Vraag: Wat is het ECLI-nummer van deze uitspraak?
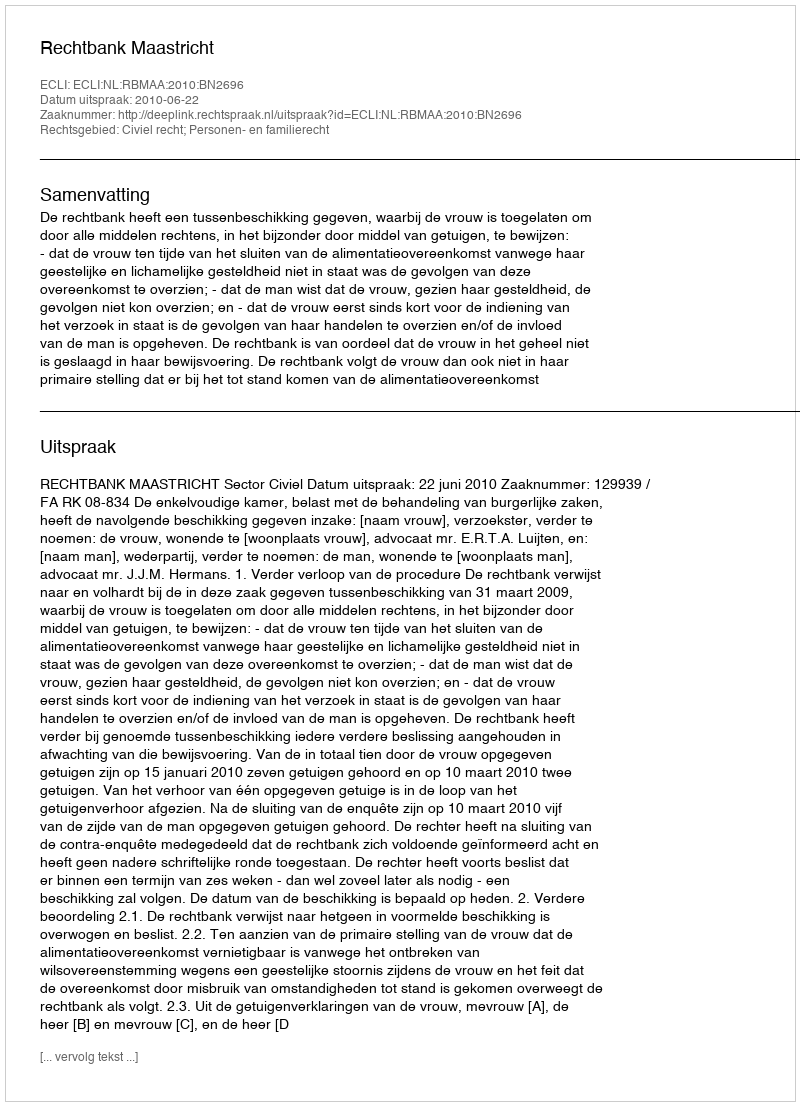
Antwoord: ECLI:NL:RBMAA:2010:BN2696